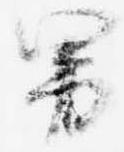
男